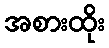
အစားထိုး